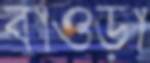
বাওড়া